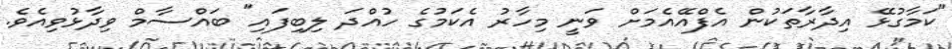
"ކަމާގުޅޭ އިދާރާތަކުން އެފްއޭއެމަށް ވަނީ މިހާރު އެކަމުގެ ހުއްދަ ލިބިފައި" ބައްސާމް ވިދާޅުވިއެވެ.